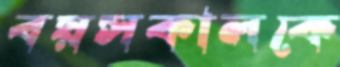
বয়সকালকে